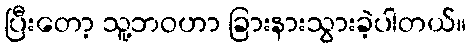
ပြီးတော့ သူ့ဘဝဟာ ခြားနားသွားခဲ့ပါတယ်။